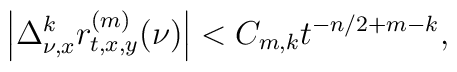
\left|\Delta^k_{\nu,x}r^{(m)}_{t,x,y}(\nu)\right|<C_{m,k}t^{-n/2+m-k},